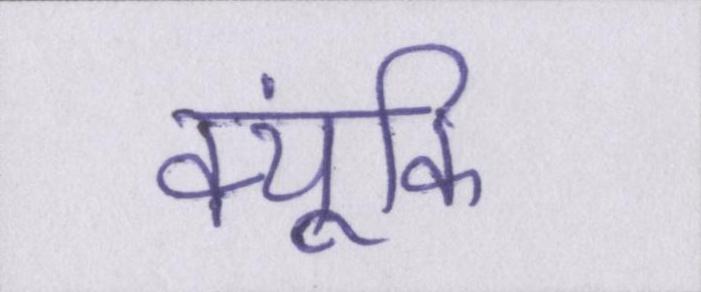
क्यूंकि